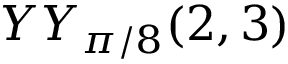
Y Y _ { \pi / 8 } ( 2 , 3 )